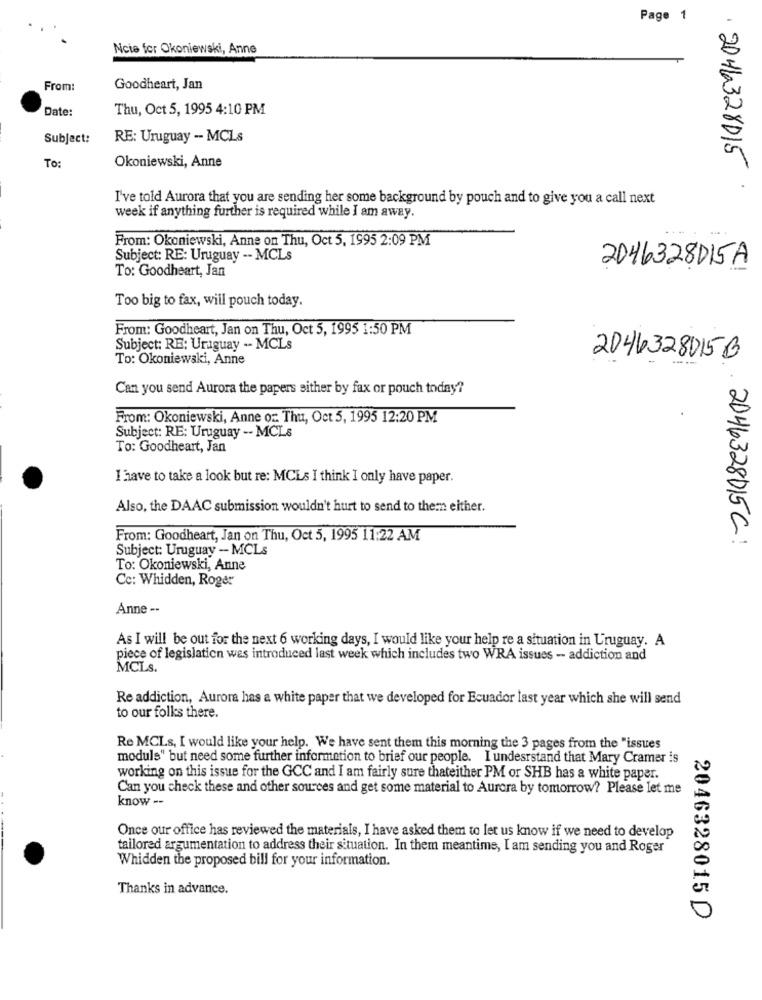
Page 1
Ncie for Okoniewski, Anne
From:
Goodheart, Jan
Date:
Thu, Oct 5, 1995 4:10 PM
Subject:
RE: Uruguay -- MCLs
Okoniewski, Anne
2046328015
To:
I've told Aurora that you are sending her some background by pouch and to give you a call next
week if anything further is required while I am away.
From: Okoniewski, Anne on Thu, Oct 5, 1995 2:09 PM
Subject: RE: Uruguay -- MCLs
To: Goodheart, Jan
2046328015A
Too big to fax, will pouch today.
From: Goodheart, Jan on Thu, Oct 5, 1995 1:50 PM
Subject: RE: Uruguay -- MCLs
To: Okoniewski, Anne
2044328015B
Can you send Aurora the papers sither by fax or pouch today?
From: Okoniewski, Anne oz: Thu, Oct 5, 1995 12:20 PM
Subject: RE: Uruguay -- MCLs
To: Goodheart, Jan
I have to take a look but re: MCLs I think I only have paper.
Also, the DAAC submission wouldn't hurt to send to them either.
From: Goodheart, Jan on Thu, Oct 5, 1995 11:22 AM
2046328015C :
Subject: Uruguay - MCLs
To: Okoniewski, Anne
Cc: Whidden, Roger
Anne --
As I will be out for the next 6 working days, I would like your help re a situation in Uruguay. A
piece of legislation was introduced last week which includes two WRA issues - addiction and
MCLs.
Re addiction, Aurora has a white paper that we developed for Ecuador last year which she will send
to our folkes there.
Re MCLs, I would like your help. We have sent them this morning the 3 pages from the "issues
moduls" but need some further information to brief our people. I undesrstand that Mary Cramer is
working on this issue for the GCC and I am fairly sure thateither PM or SHB has a white paper.
Can you check these and other sources and get some material to Aurora by tomorrow? Please let me
know --
Once our office has reviewed the materials, I have asked them to let us know if we need to develop
tailored argumentation to address their situation. In them meantime, I am sending you and Roger
Whidden the proposed bill for your information.
Thanks in advance.
2046328015 D